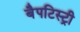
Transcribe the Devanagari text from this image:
बैपटिस्ट्री